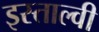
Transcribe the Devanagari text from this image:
इस्ताल्वी